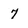
Character: 7